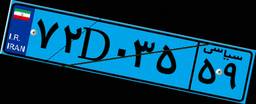
۷۲D۰۳۵۵۹